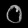
Digit: ၀